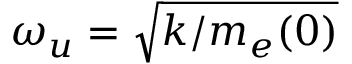
\omega _ { u } = \sqrt { k / m _ { e } ( 0 ) }